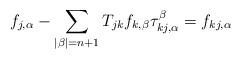
LaTeX: \begin{align*}f_{j, \alpha}-\sum_{|\beta|=n+1} T_{jk}f_{k, \beta}\tau^\beta_{kj, \alpha}=f_{kj, \alpha}\end{align*}